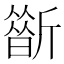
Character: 𣃀